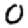
Digit: 0